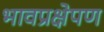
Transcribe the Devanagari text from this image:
भावप्रक्षेपण